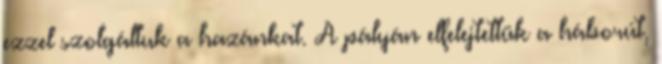
ezzel szolgáltuk a hazánkat. A pályán elfelejtettük a háborút,